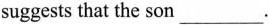
suggests that the son___.